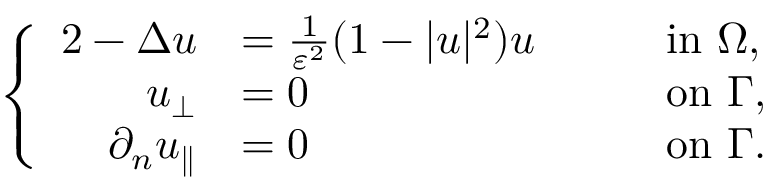
\left\{ \begin{array} { r l r l } { { 2 } - \Delta u } & { = \frac { 1 } { \varepsilon ^ { 2 } } ( 1 - | u | ^ { 2 } ) u \quad } & & { \mathrm { i n } \ \Omega , } \\ { u _ { \perp } } & { = 0 \quad } & & { \mathrm { o n } \ \Gamma , } \\ { \partial _ { n } u _ { \parallel } } & { = 0 \quad } & & { \mathrm { o n } \ \Gamma . } \end{array} \right.